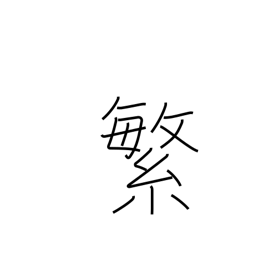
Meaning: frequency